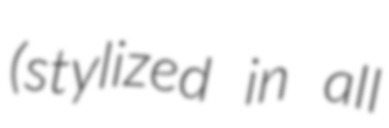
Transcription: (stylized in all